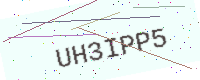
Text: UH3IPP5